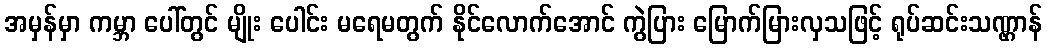
အမှန်မှာ ကမ္ဘာ ပေါ်တွင် မျိုး ပေါင်း မရေမတွက် နိုင်လောက်အောင် ကွဲပြား မြောက်မြားလှသဖြင့် ရုပ်ဆင်းသဏ္ဌာန်